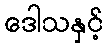
ဒေါသနှင့်